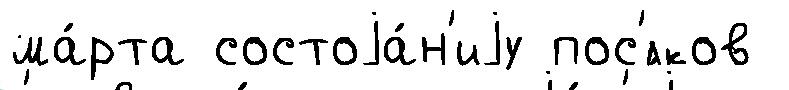
ма́рта состоjа́н'иjу пос'́лков